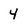
Character: 4